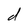
Character: d